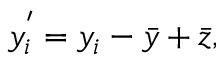
y _ { i } ^ { ' } = y _ { i } - { \bar { y } } + { \bar { z } } ,